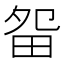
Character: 㽜